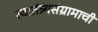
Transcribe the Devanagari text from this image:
स्वातंत्र्यसंग्रामाची